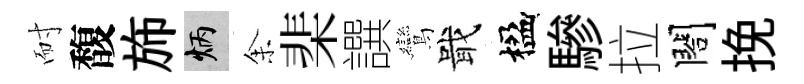
耐馥斾炳𪜬棐譔鸞戢楹驂拉閤挽